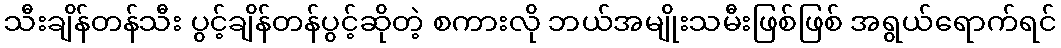
သီးချိန်တန်သီး ပွင့်ချိန်တန်ပွင့်ဆိုတဲ့ စကားလို ဘယ်အမျိုးသမီးဖြစ်ဖြစ် အရွယ်ရောက်ရင်